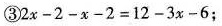
③ $$2 x - 2- x - 2 = 1 2 - 3 x - 6$$；